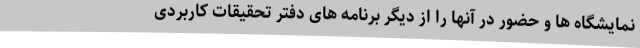
نمایشگاه ها و حضور در آنها را از دیگر برنامه های دفتر تحقیقات کاربردی